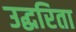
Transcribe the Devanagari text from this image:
उद्धरिता